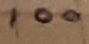
Text: 100